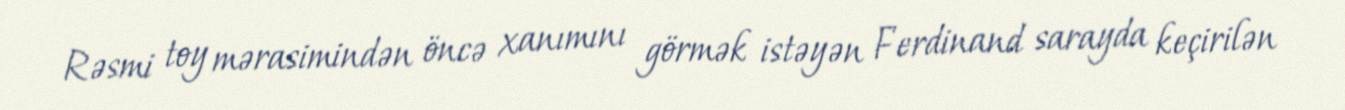
Rəsmi toy mərasimindən öncə xanımını görmək istəyən Ferdinand sarayda keçirilən